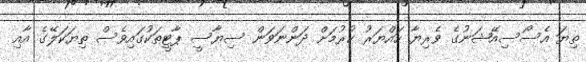
ތިޔަ އެސޯސިއޭޝަނުގެ ވެރިޔާ ހައްޔަރު ކުރުމަށް ދަންނަވަން ސިޔާސީ ޕާޓީތަކުގައިވެސް ތިޔަކަލޭގެ އާއި